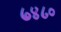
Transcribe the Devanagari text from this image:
७४८०